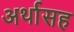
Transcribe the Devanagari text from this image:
अर्थासह